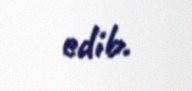
edib.